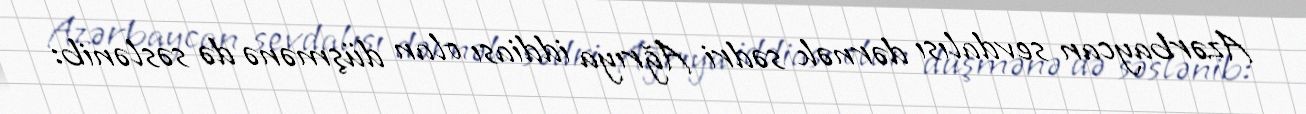
Azərbaycan sevdalısı dərnək sədri Ağrıya iddiası olan düşmənə də səslənib: